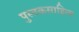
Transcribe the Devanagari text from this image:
पुस्तकसाहित्य